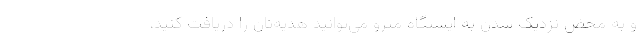
و به محض نزدیک شدن به ایستگاه مترو می‌توانید هدیه‌تان را دریافت کنید،